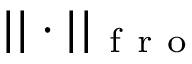
| | \cdot | | _ { \mathrm { ~ f ~ r ~ o ~ } }